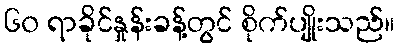
၆၀ ရာခိုင်နှုန်းခန့်တွင် စိုက်ပျိုးသည်။